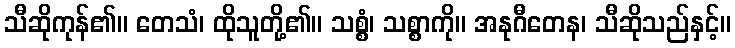
သီဆိုကုန်၏။ တေသံ၊ ထိုသူတို့၏။ သစ္စံ၊ သစ္စာကို။ အနုဂီတေန၊ သီဆိုသည်နှင့်။